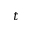
t